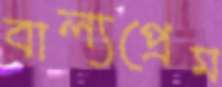
বাল্যপ্রেম